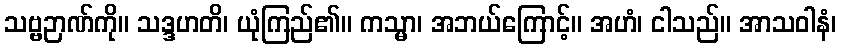
သဗ္ဗဉာဏ်ကို။ သဒ္ဒဟတိ၊ ယုံကြည်၏။ ကသ္မာ၊ အဘယ်ကြောင့်။ အဟံ၊ ငါသည်။ အာသဝါနံ၊